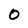
Character: 0